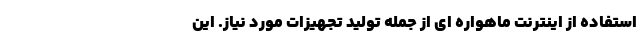
استفاده از اینترنت ماهواره ای از جمله تولید تجهیزات مورد نیاز. این